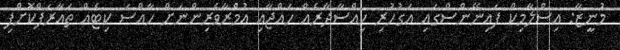
މުނީޒާ: އިސްލާމިކް ފައިނޭންސްގައި އަގުހުރި ހިއްސާދާރެއް ހައްޖާއި އުމްރާވެރިންނަށް ހާއްސަ ކިޓެއް ތައާރަފްކޮށްފި